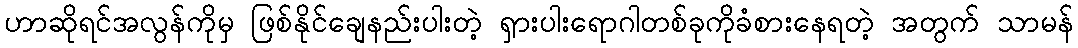
ဟာဆိုရင်အလွန်ကိုမှ ဖြစ်နိုင်ချေနည်းပါးတဲ့ ရှားပါးရောဂါတစ်ခုကိုခံစားနေရတဲ့ အတွက် သာမန်